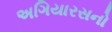
અગિયારસનો